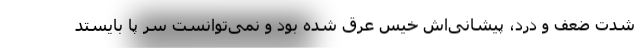
شدت ضعف و درد، پیشانی‌اش خیس عرق شده بود و نمی‌توانست سر پا بایستد